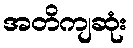
အတိကျဆုံး